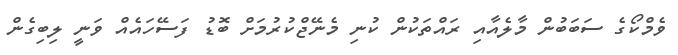
ވެމްކޯގެ ސަބަބުން މާލެއާއި ރައްތަކުން ކުނި މެނޭޖްކުރުމަށް ބޮޑު ފަސޭހައެއް ވަނީ ލިބިގެން